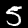
Label: 5